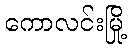
ကောလင်းမြို့